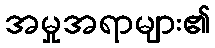
အမှုအရာများ၏